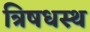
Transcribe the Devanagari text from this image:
त्रिषधस्थ